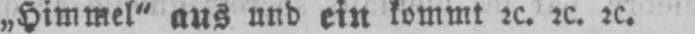
„Himmel“ aus und ein kommt etc. etc. etc.